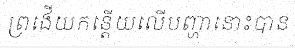
ព្រងើយកន្តើយលើបញ្ហានោះបាន